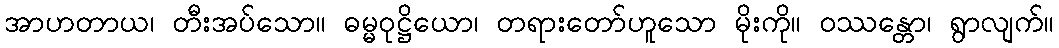
အာဟတာယ၊ တီးအပ်သော။ ဓမ္မဝုဋ္ဌိယော၊ တရားတော်ဟူသော မိုးကို။ ဝဿန္တော၊ ရွာလျက်။